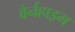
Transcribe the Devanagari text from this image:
वेर्नहाइम